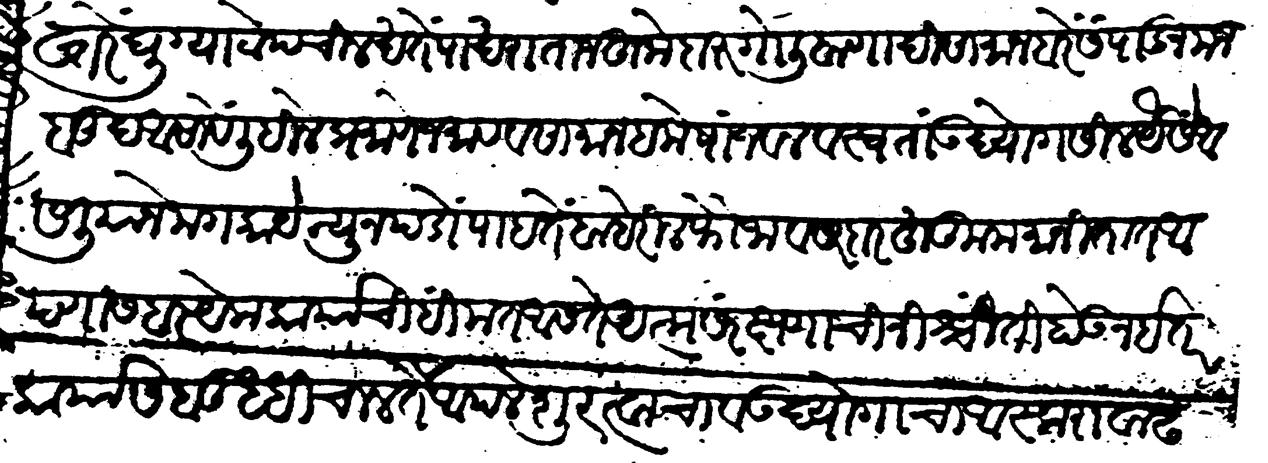
Transliteration (Devanagari): फितवियांत न मिळेत ऐसें करावे तरवारा कटारा तीरकमाना बंदुक्खादि हत्यारें बख्तरें घुग्या टोप चिलखतें पाखरा ताज हुके दारुगोळी बाणादी सामान बरें संपादून मजबूद असावें लिहिलेप्रमाणे जमाव व सामान हमेशा जवल व स्वता उद्योगशील यैसें आसलियाने मग काये न्यून पडों पाहते बाहेरील फौजा व सरदार हुकूम मानितात आपणास हर येक कामाची हिंमत असते आत्मसंरक्षणाची निश्चिंती होऊन इतर कार्यास बुद्धि चालते आपले शूरत्वाचा व उद्योगाचा आस्कारा वाढतो